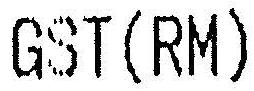
GST(RM)